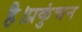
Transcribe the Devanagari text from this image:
है।प्रकुंचन